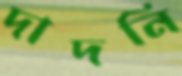
দাদনি